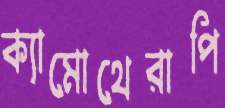
ক্যামোথেরাপি